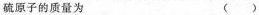
硫原子的质量为 ()